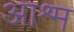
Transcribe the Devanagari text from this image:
आश्र्म